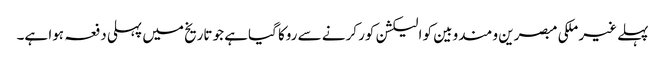
پہلے غیر ملکی مبصرین و مندوبین کو الیکشن کور کرنے سے روکا گیاہے جو تاریخ میں پہلی دفعہ ہوا ہے۔